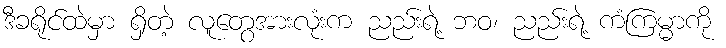
ဒီခရိုင်ထဲမှာ ရှိတဲ့ လူတွေအားလုံးက ညည်းရဲ့ ဘဝ၊ ညည်းရဲ့ ကံကြမ္မာကို